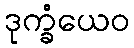
ဒုက္ခံယေဝ